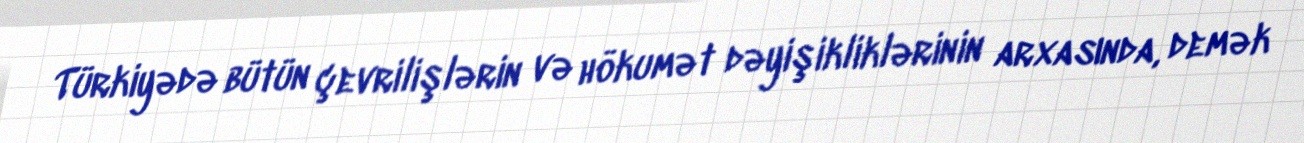
Türkiyədə bütün çevrilişlərin və hökumət dəyişikliklərinin arxasında, demək